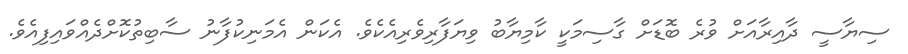
ސިޔާސީ ދާއިރާއަށް ވުރެ ބޮޑަށް ގާސިމަކީ ކާމިޔާބު ވިޔަފާރިވެރިއެކެވެ. އެކަން އެމަނިކުފާނު ސާބިތުކޮށްދެއްވައިފިއެވެ.